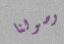
وصولنا